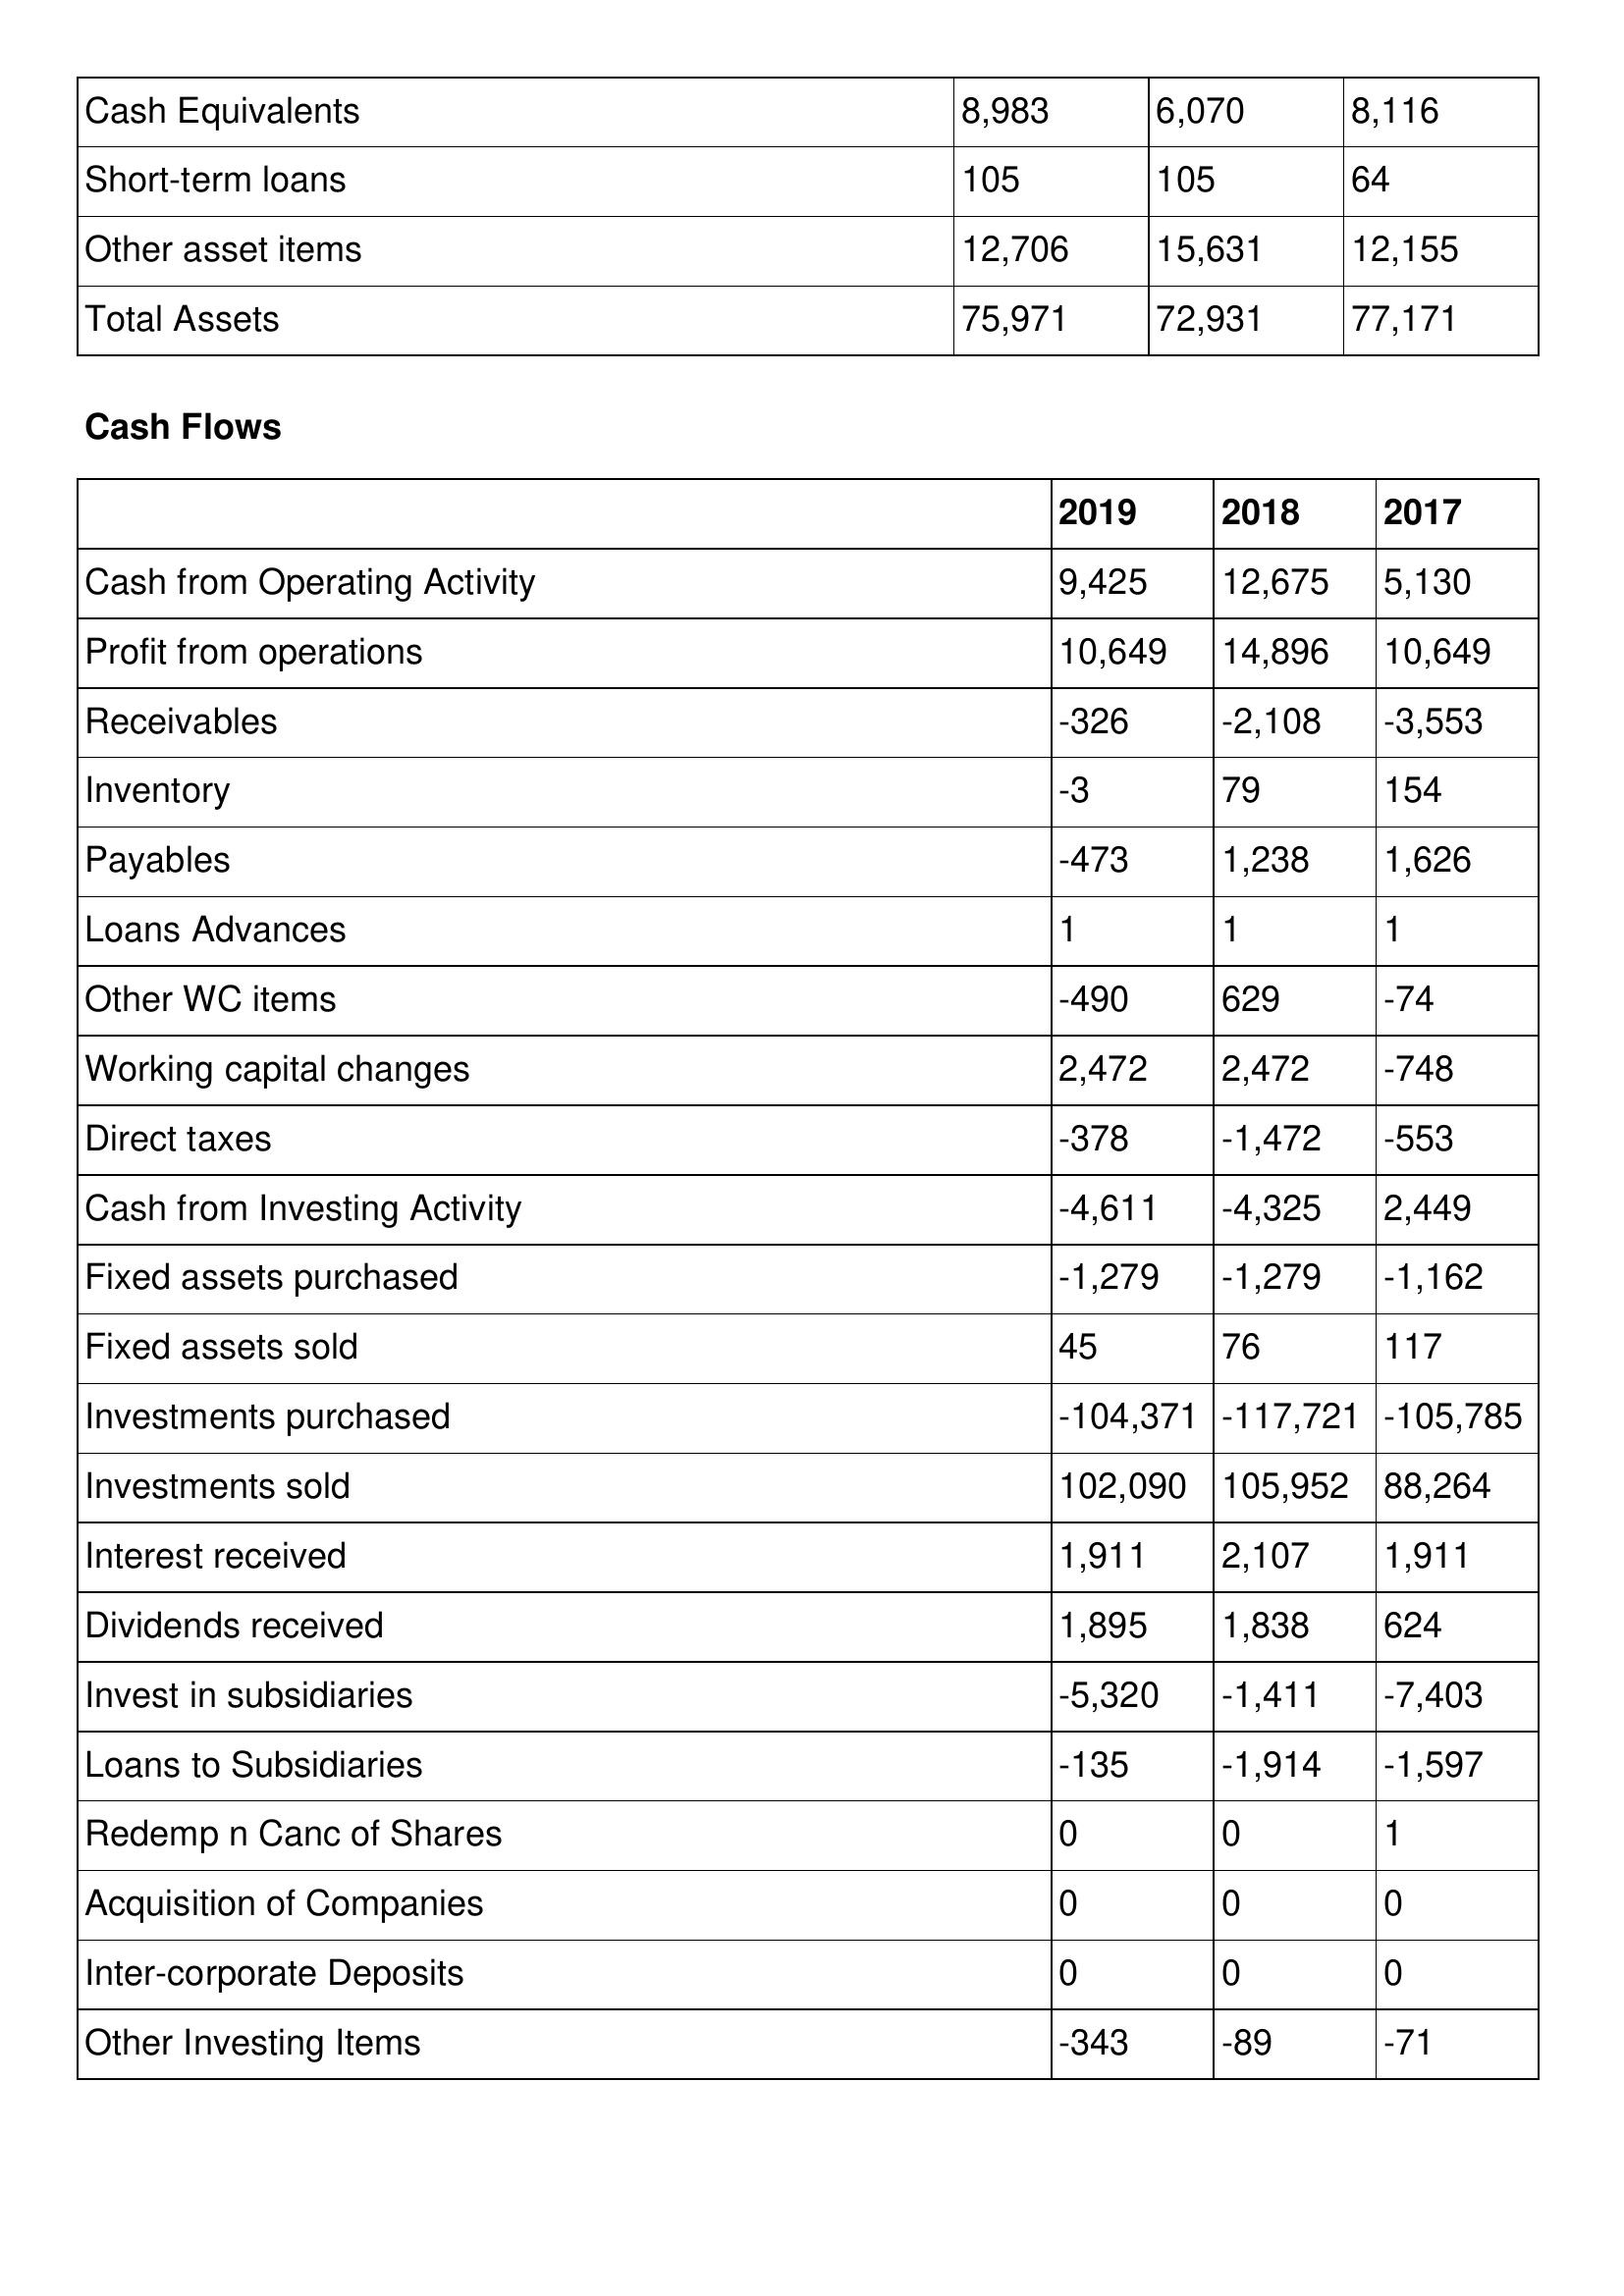
gt_parse: 2019: Balance Sheet: Cash Equivalents: 8,983
Short-term loans: 105
Other asset items: 12,706
Total Assets: 75,971
Cash Flows: Cash from Operating Activity: 9,425
Profit from operations: 10,649
Receivables: -326
Inventory: -3
Payables: -473
Loans Advances: 1
Other WC items: -490
Working capital changes: 2,472
Direct taxes: -378
Cash from Investing Activity: -4,611
Fixed assets purchased: -1,279
Fixed assets sold: 45
Investments purchased: -104,371
Investments sold: 102,090
Interest received: 1,911
Dividends received: 1,895
Invest in subsidiaries: -5,320
Loans to Subsidiaries: -135
Redemp n Canc of Shares: 0
Acquisition of Companies: 0
Inter-corporate Deposits: 0
Other Investing Items: -343
2018: Balance Sheet: Cash Equivalents: 6,070
Short-term loans: 105
Other asset items: 15,631
Total Assets: 72,931
Cash Flows: Cash from Operating Activity: 12,675
Profit from operations: 14,896
Receivables: -2,108
Inventory: 79
Payables: 1,238
Loans Advances: 1
Other WC items: 629
Working capital changes: 2,472
Direct taxes: -1,472
Cash from Investing Activity: -4,325
Fixed assets purchased: -1,279
Fixed assets sold: 76
Investments purchased: -117,721
Investments sold: 105,952
Interest received: 2,107
Dividends received: 1,838
Invest in subsidiaries: -1,411
Loans to Subsidiaries: -1,914
Redemp n Canc of Shares: 0
Acquisition of Companies: 0
Inter-corporate Deposits: 0
Other Investing Items: -89
2017: Balance Sheet: Cash Equivalents: 8,116
Short-term loans: 64
Other asset items: 12,155
Total Assets: 77,171
Cash Flows: Cash from Operating Activity: 5,130
Profit from operations: 10,649
Receivables: -3,553
Inventory: 154
Payables: 1,626
Loans Advances: 1
Other WC items: -74
Working capital changes: -748
Direct taxes: -553
Cash from Investing Activity: 2,449
Fixed assets purchased: -1,162
Fixed assets sold: 117
Investments purchased: -105,785
Investments sold: 88,264
Interest received: 1,911
Dividends received: 624
Invest in subsidiaries: -7,403
Loans to Subsidiaries: -1,597
Redemp n Canc of Shares: 1
Acquisition of Companies: 0
Inter-corporate Deposits: 0
Other Investing Items: -71